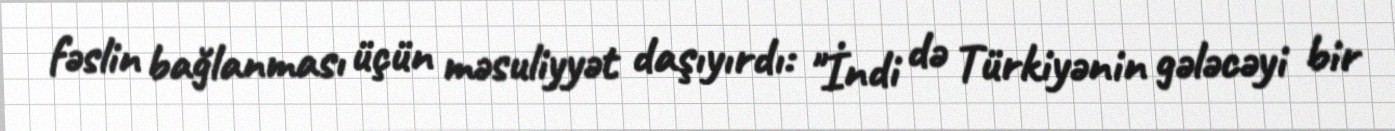
fəslin bağlanması üçün məsuliyyət daşıyırdı: "İndi də Türkiyənin gələcəyi bir